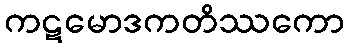
ကဋမောဒကတိဿကော